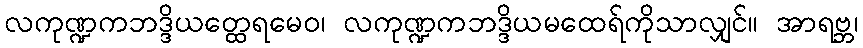
လကုဏ္ဍကဘဒ္ဒိယတ္ထေရမေဝ၊ လကုဏ္ဍကဘဒ္ဒိယမထေရ်ကိုသာလျှင်။ အာရဗ္ဘ၊